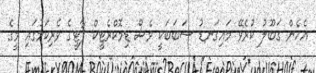
އެހެން ގަބޫލު ކުރެވޭ މައިގަނޑު ސަބަބަކީ ވެސް ޑިމޮކްރެޓީކް ޕާޓީގެ ވެރިކަމުގައި މީގެ